Annual report on the working of the lock hospitals in the North-Western Provinces and Oudh
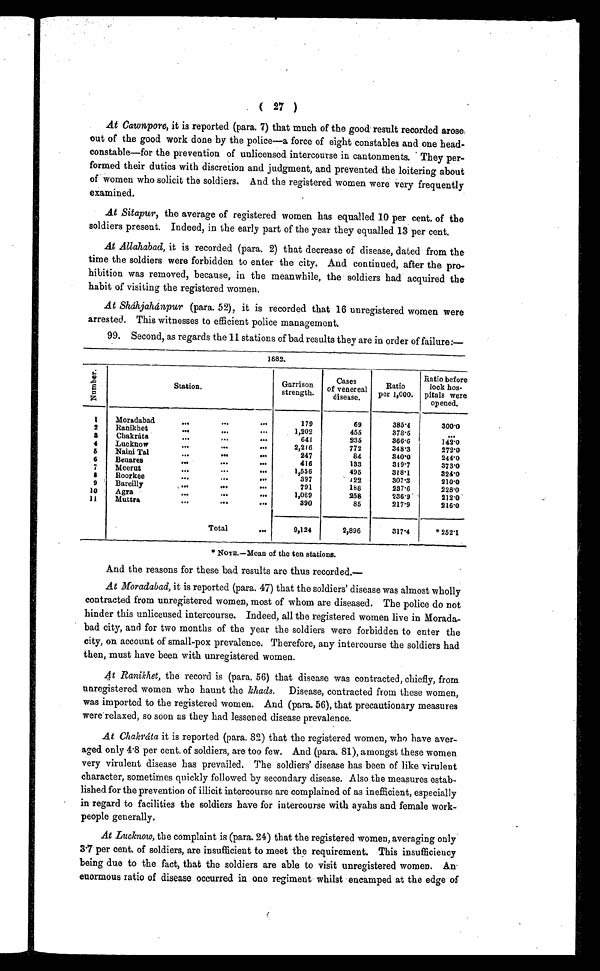
( 27 )
At Cawnpore, it is reported (para. 7) that much of the good result recorded arose,
out of the good work done by the police—a force of eight constables and one head-
constable—for the prevention of unlicensed intercourse in cantonments. They per-
formed their duties with discretion and judgment, and prevented the loitering about
of women who solicit the soldiers. And the registered women were very frequently
examined.
At Sitapur, the average of registered women has equalled 10 per cent. of the
soldiers present. Indeed, in the early part of the year they equalled 13 per cent.
At Allahabad, it is recorded (para. 2) that decrease of disease, dated from the
time the soldiers were forbidden to enter the city. And continued, after the pro-
hibition was removed, because, in the meanwhile, the soldiers had acquired the
habit of visiting the registered women.
At Sháhjahánpur (para. 52), it is recorded that 16 unregistered women were
arrested. This witnesses to efficient police management.
99. Second, as regards the 11 stations of bad results they are in order of failure:—
1882.
N u m b e r .
S t a t i o n .
Garriso
n strength.
Cases
of venereal
disease.
R a t i o p e r 1 , 0 0 0 .
Ratio before
lock ho
spitals were
opened.
1
Moradabad
...
...
. . .
179
69
385·4
300·0
2
Ranikhet
...
... ...
1,202
455
378·5
. . .
3
Chakráta
...
... ...
641
235
366·6
1 4 2 · 1 1
4
Lucknow
...
...
...
2,216
772
348·3
272·0
5
Naini Tal
... ...
...
247
84
340·0
244·0
6
Benares
...
...
. . .
416
133
319·7
373·0
7
Meerut
...
...
...
1,556
495
318·1
324·0
8
Roorkee
...
...
397
122
307·3
210·0
9
Bareilly
...
...
. . .
791
188
237·6
228·0
10
Agra
...
...
. . .
1,089
258
236·9
212·0
11
Muttra
...
...
. . .
390
85
217·9
216·0
Total
. . .
9,124
2,896
317·4
* 252·1
* NOTE.—Mean of the ten stations.
And the reasons for these bad results are thus recorded.—
At Moradabad, it is reported (para. 47) that the soldiers' disease was almost wholly
contracted from unregistered women, most of whom are diseased. The police do not
hinder this unlicensed intercourse. Indeed, all the registered women live in Morada-
bad city, and for two months of the year the soldiers were forbidden to enter the
city, on account of small-pox prevalence. Therefore, any intercourse the soldiers had
then, must have been with unregistered women.
A t Ranikhet, the record is (para. 56) that disease was contracted, chiefly, from
unregistered women who haunt the khads. Disease, contracted from these women,
was imported to the registered women. And (para. 56), that precautionary measures
were relaxed, so soon as they had lessened disease prevalence.
At Chakráta it is reported (para. 82) that the registered women, who have aver-
aged only 4·8 per cent. of soldiers, are too few. And (para. 81), amongst these women
very virulent disease has prevailed. The soldiers' disease has been of like virulent
character, sometimes quickly followed by secondary disease. Also the measures estab-
lished for the prevention of illicit intercourse are complained of as inefficient, especially
in regard to facilities the soldiers have for intercourse with ayahs and female work-
people generally.
At Lucknow, the complaint is (para. 24) that the registered women, averaging only
3.7 per cent. of soldiers, are insufficient to meet the requirement. This insufficiency
being due to the fact, that the soldiers are able to visit unregistered women. An.
enormous ratio of disease occurred in one regiment whilst encamped at the edge of